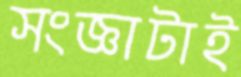
সংজ্ঞাটাই